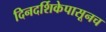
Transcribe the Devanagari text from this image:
दिनदर्शिकेपासूनच